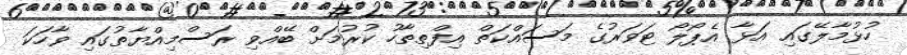
ހުޅުމާލޭގައި އަޅާ އެޕޯލޯ ޓަވަރުގެ މަސައްކަތް އިފްތިތާހު ކުރުމަށް ބޭއްވި ރަސްމިއްޔާތުގައި ވާހަކަ